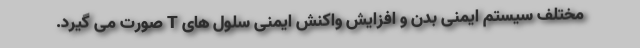
مختلف سیستم ایمنی بدن و افزایش واکنش ایمنی سلول های T صورت می گیرد.